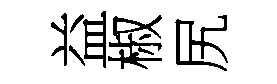
益椒尻